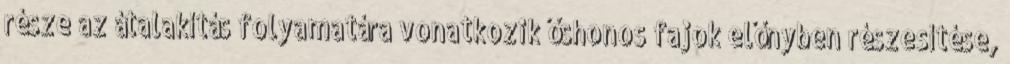
része az átalakítás folyamatára vonatkozik őshonos fajok előnyben részesítése,